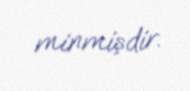
minmişdir.